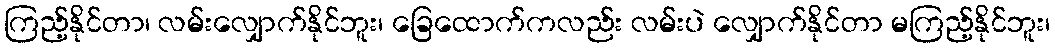
ကြည့်နိုင်တာ၊ လမ်းလျှောက်နိုင်ဘူး၊ ခြေထောက်ကလည်း လမ်းပဲ လျှောက်နိုင်တာ မကြည့်နိုင်ဘူး၊